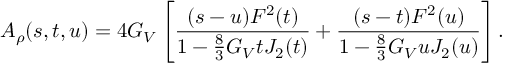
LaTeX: A _ { \rho } ( s , t , u ) = 4 G _ { V } \left[ \frac { ( s - u ) F ^ { 2 } ( t ) } { 1 - \frac { 8 } { 3 } G _ { V } t J _ { 2 } ( t ) } + \frac { ( s - t ) F ^ { 2 } ( u ) } { 1 - \frac { 8 } { 3 } G _ { V } u J _ { 2 } ( u ) } \right] .